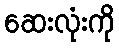
ဆေးလုံးကို